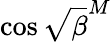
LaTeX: \cos\sqrt{\beta}^{M}